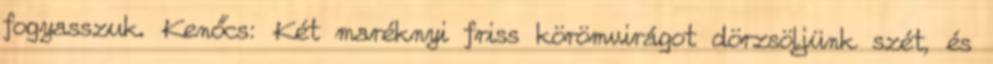
fogyasszuk. Kenőcs: Két maréknyi friss körömvirágot dörzsöljünk szét, és